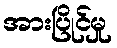
အားပြိုင်မှု